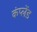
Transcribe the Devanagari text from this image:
कंप्लेंड